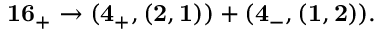
{ \bf 1 6 _ { + } } \rightarrow ( { \bf 4 _ { + } } , ( { \bf 2 } , { \bf 1 } ) ) + ( { \bf 4 _ { - } } , ( { \bf 1 } , { \bf 2 } ) ) .